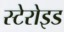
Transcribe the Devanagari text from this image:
स्टेरोइड